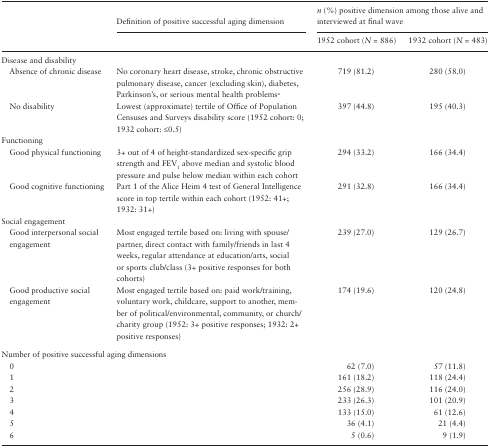
|  | Definition of positive successful aging dimension | <COLSPAN=2> n (%) positive dimension among those alive and interviewed at final wave |
 |  |  | 1952 cohort (N = 886) | 1932 cohort (N = 483) |
 | --- | --- | --- | --- |
 | <COLSPAN=4> Disease and disability |
 | Absence of chronic disease | No coronary heart disease, stroke, chronic obstructive pulmonary disease, cancer (excluding skin), diabetes, Parkinson’s, or serious mental health problemsa | 719 (81.2) | 280 (58.0) |
 | No disability | Lowest (approximate) tertile of Office of Population Censuses and Surveys disability score (1952 cohort: 0; 1932 cohort: ≤0.5) | 397 (44.8) | 195 (40.3) |
 | <COLSPAN=4> Functioning |
 | Good physical functioning | 3+ out of 4 of height-standardized sex-specific grip strength and FEV1 above median and systolic blood pressure and pulse below median within each cohort | 294 (33.2) | 166 (34.4) |
 | Good cognitive functioning | Part 1 of the Alice Heim 4 test of General Intelligence score in top tertile within each cohort (1952: 41+; 1932: 31+) | 291 (32.8) | 166 (34.4) |
 | <COLSPAN=4> Social engagement |
 | Good interpersonal social engagement | Most engaged tertile based on: living with spouse/ partner, direct contact with family/friends in last 4 weeks, regular attendance at education/arts, social or sports club/class (3+ positive responses for both cohorts) | 239 (27.0) | 129 (26.7) |
 | Good productive social engagement | Most engaged tertile based on: paid work/training, voluntary work, childcare, support to another, member of political/environmental, community, or church/charity group (1952: 3+ positive responses; 1932: 2+ positive responses) | 174 (19.6) | 120 (24.8) |
 | <COLSPAN=4> Number of positive successful aging dimensions |
 | <COLSPAN=2> 0 | 62 (7.0) | 57 (11.8) |
 | <COLSPAN=2> 1 | 161 (18.2) | 118 (24.4) |
 | <COLSPAN=2> 2 | 256 (28.9) | 116 (24.0) |
 | <COLSPAN=2> 3 | 233 (26.3) | 101 (20.9) |
 | <COLSPAN=2> 4 | 133 (15.0) | 61 (12.6) |
 | <COLSPAN=2> 5 | 36 (4.1) | 21 (4.4) |
 | <COLSPAN=2> 6 | 5 (0.6) | 9 (1.9) |